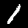
Label: 1